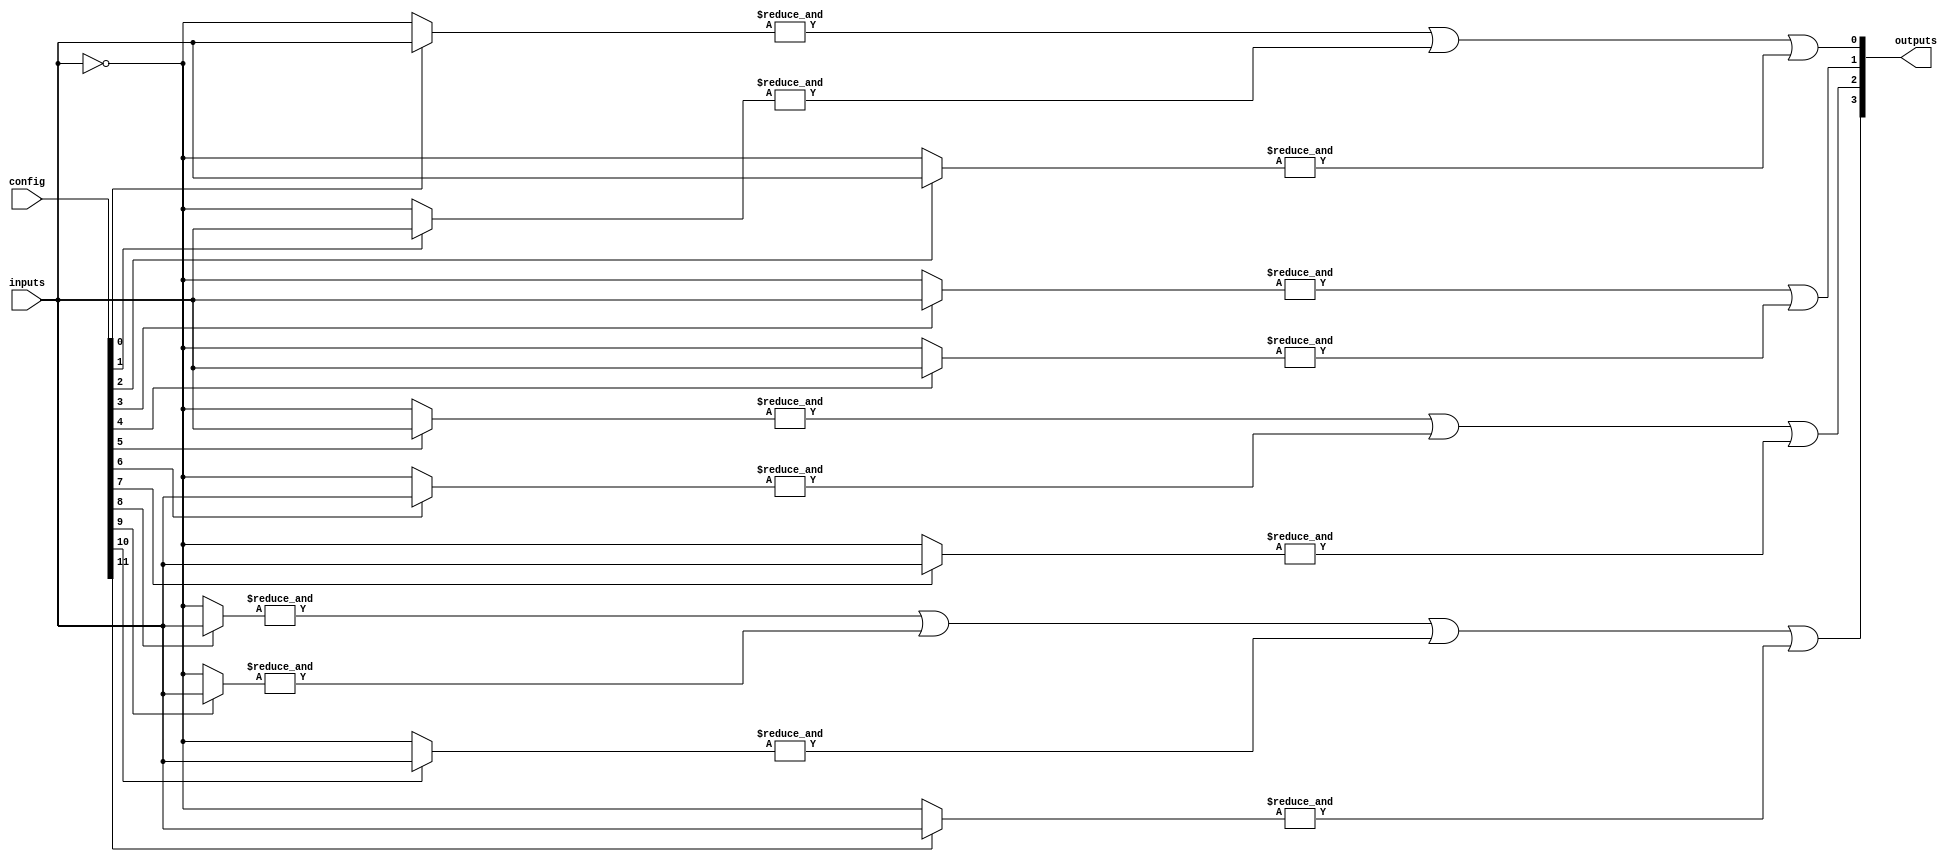
module GAL (
    input wire [N-1:0] inputs,        // N input signals
    input wire [M-1:0] config,        // Configuration signals for AND gates
    output wire [P-1:0] outputs       // P output signals
);
    parameter N = 8;                  // Number of input signals
    parameter M = 16;                 // Number of AND gates
    parameter P = 4;                  // Number of output signals

    // Internal signals for AND gate outputs
    wire [M-1:0] and_out;

    // AND Array
    genvar i, j;
    generate
        for (i = 0; i < M; i = i + 1) begin : and_array
            wire [N-1:0] and_inputs;
            assign and_inputs = config[i] ? inputs : ~inputs; // Example configuration
            assign and_out[i] = &and_inputs; // AND operation
        end
    endgenerate

    // OR Array
    assign outputs[0] = and_out[0] | and_out[1] | and_out[2]; // Example OR logic
    assign outputs[1] = and_out[3] | and_out[4];
    assign outputs[2] = and_out[5] | and_out[6] | and_out[7];
    assign outputs[3] = and_out[8] | and_out[9] | and_out[10] | and_out[11];

endmodule